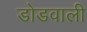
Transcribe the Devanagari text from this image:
डोडवाली